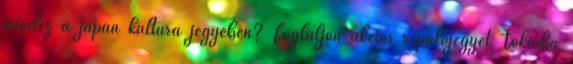
mindez a japán kultúra jegyében? Foglaljon akciós repülőjegyet Tokióba